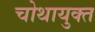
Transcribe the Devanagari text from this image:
चोथायुक्त